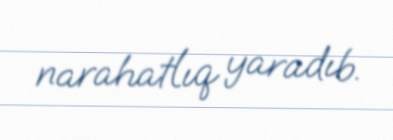
narahatlıq yaradıb.